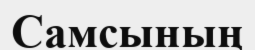
Самсының